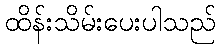
ထိန်းသိမ်းပေးပါသည်